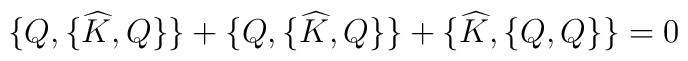
\{Q,\{\widehat{K},Q\}\}+\{Q,\{\widehat{K},Q\}\}+\{\widehat{K},\{Q,Q\}\}=0